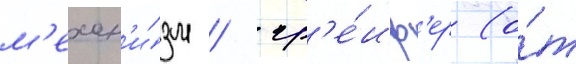
м'ехан'и́зм / гр'е́иф'ер (о́т